Civil Veterinary Dept. Bombay admin report 1914-1922 - 1914-1922
Year: 1914
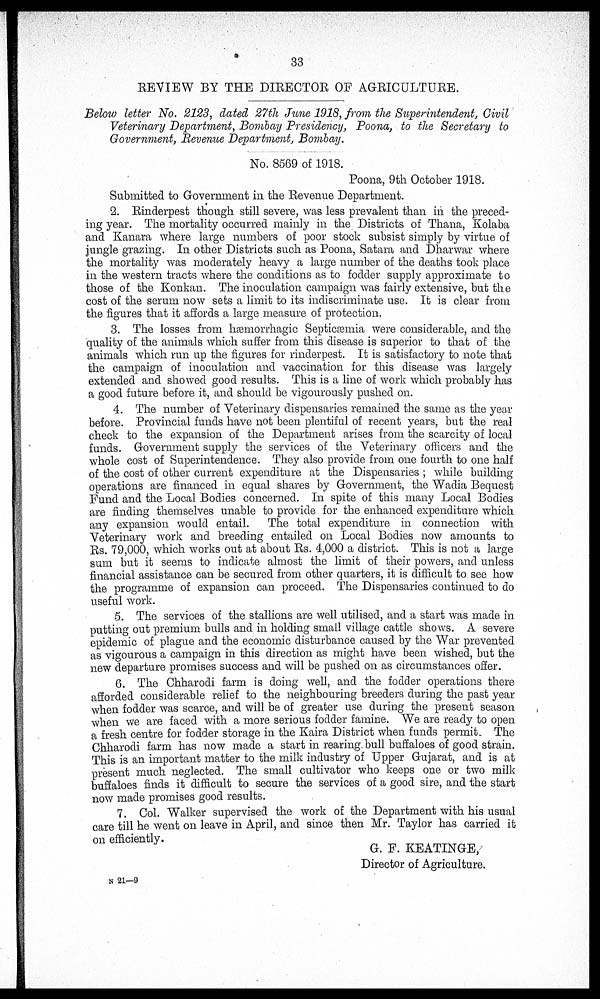
33
REVIEW BY THE DIRECTOR OF AGRICULTURE.
Below letter No. 2123, dated 27th June 1918, from the Superintendent, Civil
Veterinary Department, Bombay Presidency, Poona, to the Secretary to
Government, Revenue Department, Bombay.
No. 8569 of 1918.
Poona, 9th October 1918.
Submitted to Government in the Revenue Department.
2. Rinderpest though still severe, was less prevalent than in the preced-
ing year. The mortality occurred mainly in the Districts of Thana, Kolaba
and Kanara where large numbers of poor stock subsist simply by virtue of
jungle grazing. In other Districts such as Poona, Satara and Dharwar where
the mortality was moderately heavy a large number of the deaths took place
in the western tracts where the conditions as to fodder supply approximate to
those of the Konkan. The inoculation campaign was fairly extensive, but the
cost of the serum now sets a limit to its indiscriminate use. It is clear from
the figures that it affords a large measure of protection.
3. The losses from Hæmorrhagic Septicæmia were considerable, and the
quality of the animals which suffer from this disease is superior to that of the
animals which run up the figures for rinderpest. It is satisfactory to note that
the campaign of inoculation and vaccination for this disease was largely
extended and showed good results. This is a line of work which probably has
a good future before it, and should be vigourously pushed on.
4. The number of Veterinary dispensaries remained the same as the year
before. Provincial funds have not been plentiful of recent years, but the real
check to the expansion of the Department arises from the scarcity of local
funds. Government supply the services of the Veterinary officers and the
whole cost of Superintendence. They also provide from one fourth to one half
of the cost of other current expenditure at the Dispensaries ; while building-
operations are financed in equal shares by Government, the Wadia Bequest
Fund and the Local Bodies concerned. In spite of this many Local Bodies
are finding themselves unable to provide for the enhanced expenditure which
any expansion would entail. The total expenditure in connection with
Veterinary work and breeding entailed on Local Bodies now amounts to
Rs. 79,000, which works out at about Rs. 4,000 a district. This is not a large
sum but it seems to indicate almost the limit of their powers, and unless
financial assistance can be secured from other quarters, it is difficult to see how
the programme of expansion can proceed. The Dispensaries continued to do
useful work.
5. The services of the stallions are well utilised, and a start was made in
putting out premium bulls and in holding small village cattle shows. A severe
epidemic of plague and the economic disturbance caused by the War prevented
as vigourous a campaign in this direction as might have been wished, but the
new departure promises success and will be pushed on as circumstances offer.
6. The Chharodi farm is doing well, and the fodder operations there
afforded considerable relief to the neighbouring breeders during the past year
when fodder was scarce, and will be of greater use during the present season
when we are faced with a more serious fodder famine. We are ready to open
a fresh centre for fodder storage in the Kaira District when funds permit. The
Chharodi farm has now made a start in rearing bull buffaloes of good strain.
This is an important matter to the milk industry of Upper Gujarat, and is at
present much neglected. The small cultivator who keeps one or two milk
buffaloes finds it difficult to secure the services of a good sire, and the start
now made promises good results.
7. Col. Walker supervised the work of the Department with his usual
care till he went on leave in April, and since then Mr. Taylor has carried it
on efficiently.
G. F. KEATINGE,
Director of Agriculture.
N 21—9